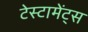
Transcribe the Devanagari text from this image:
टेस्टामेंट्स